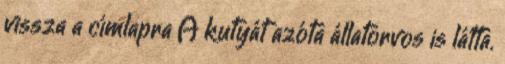
vissza a címlapra A kutyát azóta állatorvos is látta.